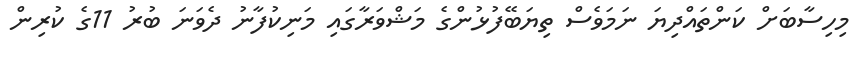
މިހިސާބަށް ކަންތައްދިޔަ ނަމަވެސް ތިޔަބޭފުޅުންގެ މަޝްވަރާގައި މަނިކުފާނު ދެވަނަ ބުރު 11ގެ ކުރިން